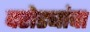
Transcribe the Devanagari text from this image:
दरोड्यांचा